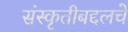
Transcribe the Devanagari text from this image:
संस्कृतीबद्दलचे